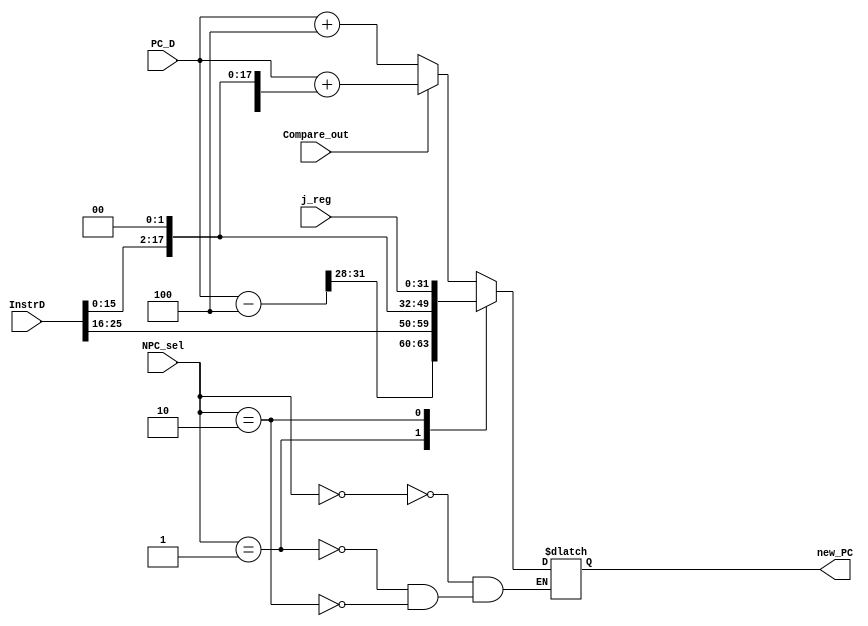
`timescale 1ns / 1ps
//////////////////////////////////////////////////////////////////////////////////
// Company: 
// Engineer: 
// 
// Design Name: 
// Module Name:    npc 
// Project Name: 
// Target Devices: 
// Tool versions: 
// Description: 
//
// Dependencies: 
//
// Revision: 
// Revision 0.01 - File Created
// Additional Comments: 
//
//////////////////////////////////////////////////////////////////////////////////
module npc(
	input [31:0] PC_D,//pc+4
	input [31:0] InstrD,//D
	input Compare_out,//b,1,
	input [31:0] j_reg,//
	input [1:0] NPC_sel,
	output reg [31:0] new_PC
    );
	
	reg [31:0]oldPC; 
	
	 always @(*) begin
		case(NPC_sel)
			2'b00: new_PC = (Compare_out)?PC_D+{{14{InstrD[15]}},InstrD[15:0],2'b00}:PC_D+4;//beq,bgez
			2'b01:begin 
				oldPC = PC_D - 4;
				new_PC = {oldPC[31:28],InstrD[25:0],2'b00};//j,jal
			end
			2'b10: new_PC = j_reg;//jr,jalr				
		endcase
	 end
	 

endmodule